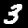
Digit: 3